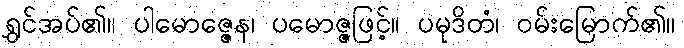
ရွှင်အပ်၏။ ပါမောဇ္ဇေန၊ ပမောဇ္ဇဖြင့်။ ပမုဒိတံ၊ ဝမ်းမြောက်၏။